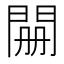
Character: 𮤊